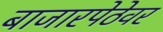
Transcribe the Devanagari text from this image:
बाजारपेठेवर